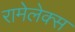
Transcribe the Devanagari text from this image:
रामेलेक्स